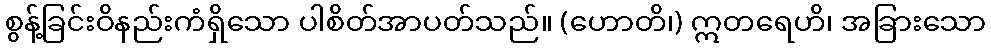
စွန့်ခြင်းဝိနည်းကံရှိသော ပါစိတ်အာပတ်သည်။ (ဟောတိ၊) ဣတရေဟိ၊ အခြားသော